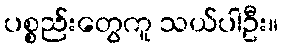
ပစ္စည်းတွေကူ သယ်ပါဦး။